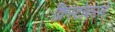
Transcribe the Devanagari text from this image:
क्रिस्टोफरने